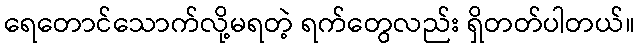
ရေတောင်သောက်လို့မရတဲ့ ရက်တွေလည်း ရှိတတ်ပါတယ်။